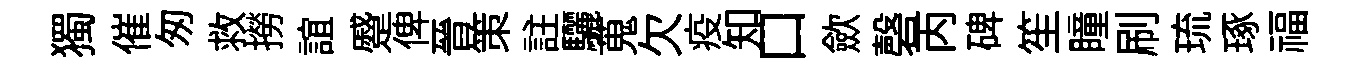
獨催匆救撈誼蹙俾晉策註驪蒐欠疫知口歛磬丙碑笙瞳刷琉琢福